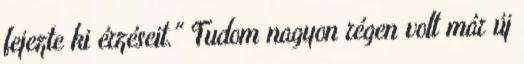
fejezte ki érzéseit." Tudom nagyon régen volt már új